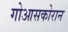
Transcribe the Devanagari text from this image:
गोआसकोरान